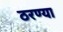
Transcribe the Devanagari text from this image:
ठरण्या